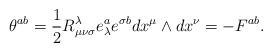
LaTeX: \begin{align*}\theta ^{ab}=\frac 12R_{\mu \nu \sigma}^\lambda e_\lambda ^ae^{\sigma b}dx^\mu \wedge dx^\nu =-F^{ab}.\end{align*}